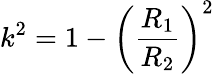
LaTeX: k^{2}=1-\bigg(\frac{R_{1}}{R_{2}}\bigg)^{2}